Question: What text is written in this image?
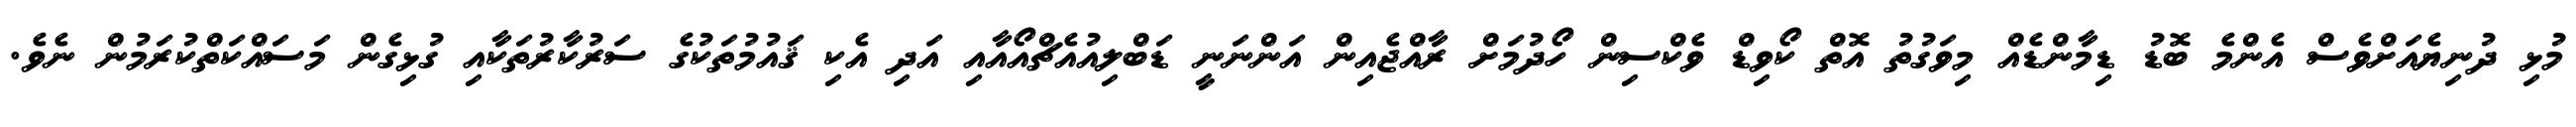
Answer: މުޅި ދުނިޔެއަށްވެސް އެންމެ ބޮޑު ޑިމާންޑެއް މިވަގުތު އޮތް ކޯވިޑް ވެކްސިން ހޯދުމަށް ރާއްޖެއިން އަންނަނީ ޑަބްލިއުއެޗްއޯއާއި އަދި އެކި ޤައުމުތަކުގެ ސަރުކާރުތަކާއި ގުޅިގެން މަސައްކަތްކުރަމުން ނެވެ.